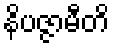
နိပဇ္ဇာမီတိ